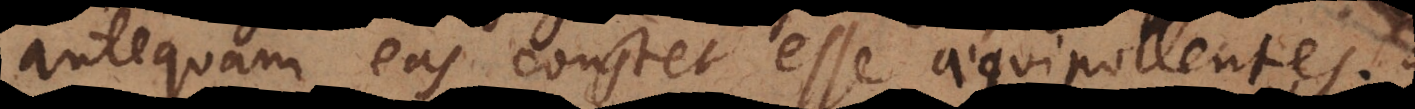
antequam eas constet esse aequipollentes.